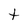
Character: t